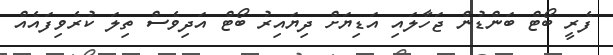
ފެރީ ބޯޓް ބަންޑުން ޖަހާލައި އަޑިޔަށް ދިޔައިރު ބޯޓް އަދިވެސް ތިލަ ކުރެވިފައެއް